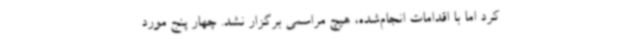
کرد اما با اقدامات انجام‌شده، هیچ مراسمی برگزار نشد. چهار پنج مورد